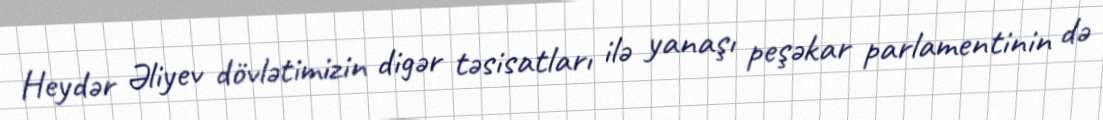
Heydər Əliyev dövlətimizin digər təsisatları ilə yanaşı peşəkar parlamentinin də